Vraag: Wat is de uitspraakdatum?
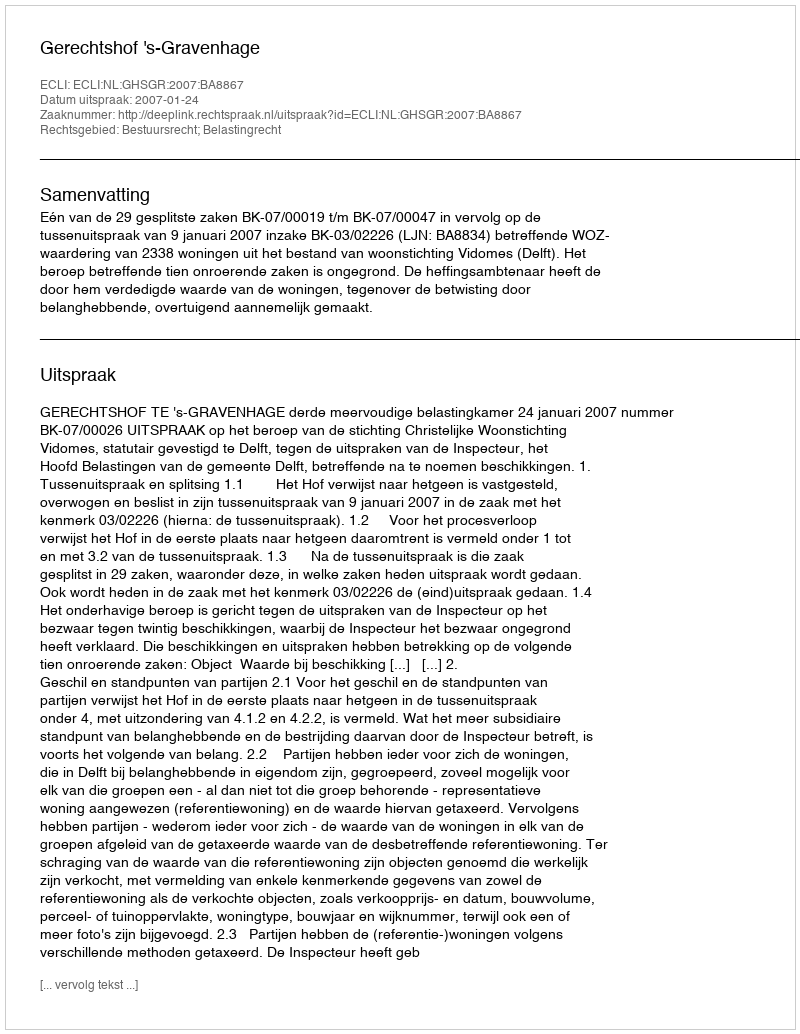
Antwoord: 2007-01-24